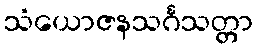
သံယောဇနသင်္ဂသတ္တာ